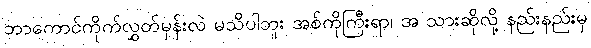
ဘာကောင်ကိုက်လွှတ်မှန်းလဲ မသိပါဘူး အစ်ကိုကြီးရာ၊ အ သားဆိုလို့ နည်းနည်းမှ